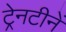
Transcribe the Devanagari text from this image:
ट्रेनटीनें